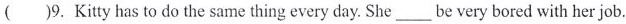
()9.Kitty has to do the same thing every day. She ___ be very bored with her job.